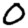
Digit: 0